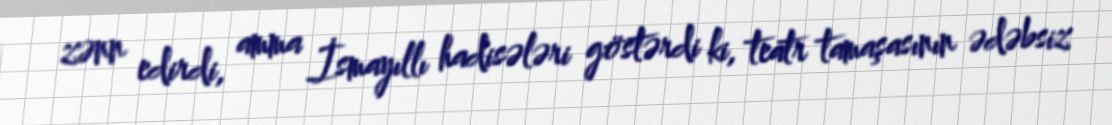
zənn edirdi, amma İsmayıllı hadisələri göstərdi ki, teatr tamaşasının ədəbsiz